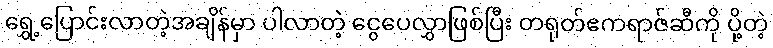
ရွှေ့ပြောင်းလာတဲ့အချိန်မှာ ပါလာတဲ့ ငွေပေလွှာဖြစ်ပြီး တရုတ်ဧကရာဇ်ဆီကို ပို့တဲ့